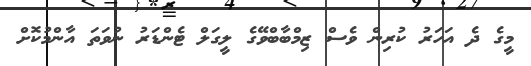
މީގެ ދެ އަހަރު ކުރިން ވެސް ޒިމްބާބްވޭގެ ލީގަލް ޓެންޑަރު ނުވަތަ އާންމުކޮށް